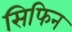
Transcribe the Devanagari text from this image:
सिफिन